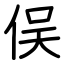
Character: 俣